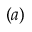
^ { ( a ) }